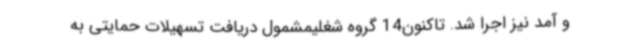
و آمد نیز اجرا شد. تاکنون14 گروه شغلیمشمول دریافت تسهیلات حمایتی به